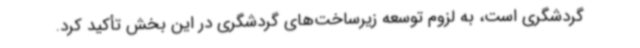
گردشگری است، به لزوم توسعه زیرساخت‌های گردشگری در این بخش تأکید کرد.